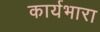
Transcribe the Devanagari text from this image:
कार्यभारा